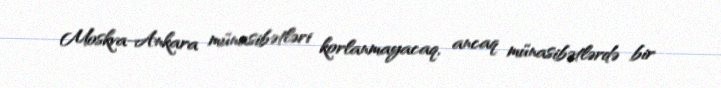
Moskva-Ankara münasibətləri korlanmayacaq, ancaq münasibətlərdə bir